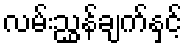
လမ်းညွှန်ချက်နှင့်